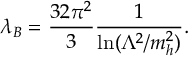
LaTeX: \lambda _ { B } = { \frac { 3 2 \pi ^ { 2 } } { 3 } } { \frac { 1 } { \ln ( \Lambda ^ { 2 } / m _ { h } ^ { 2 } ) } } .